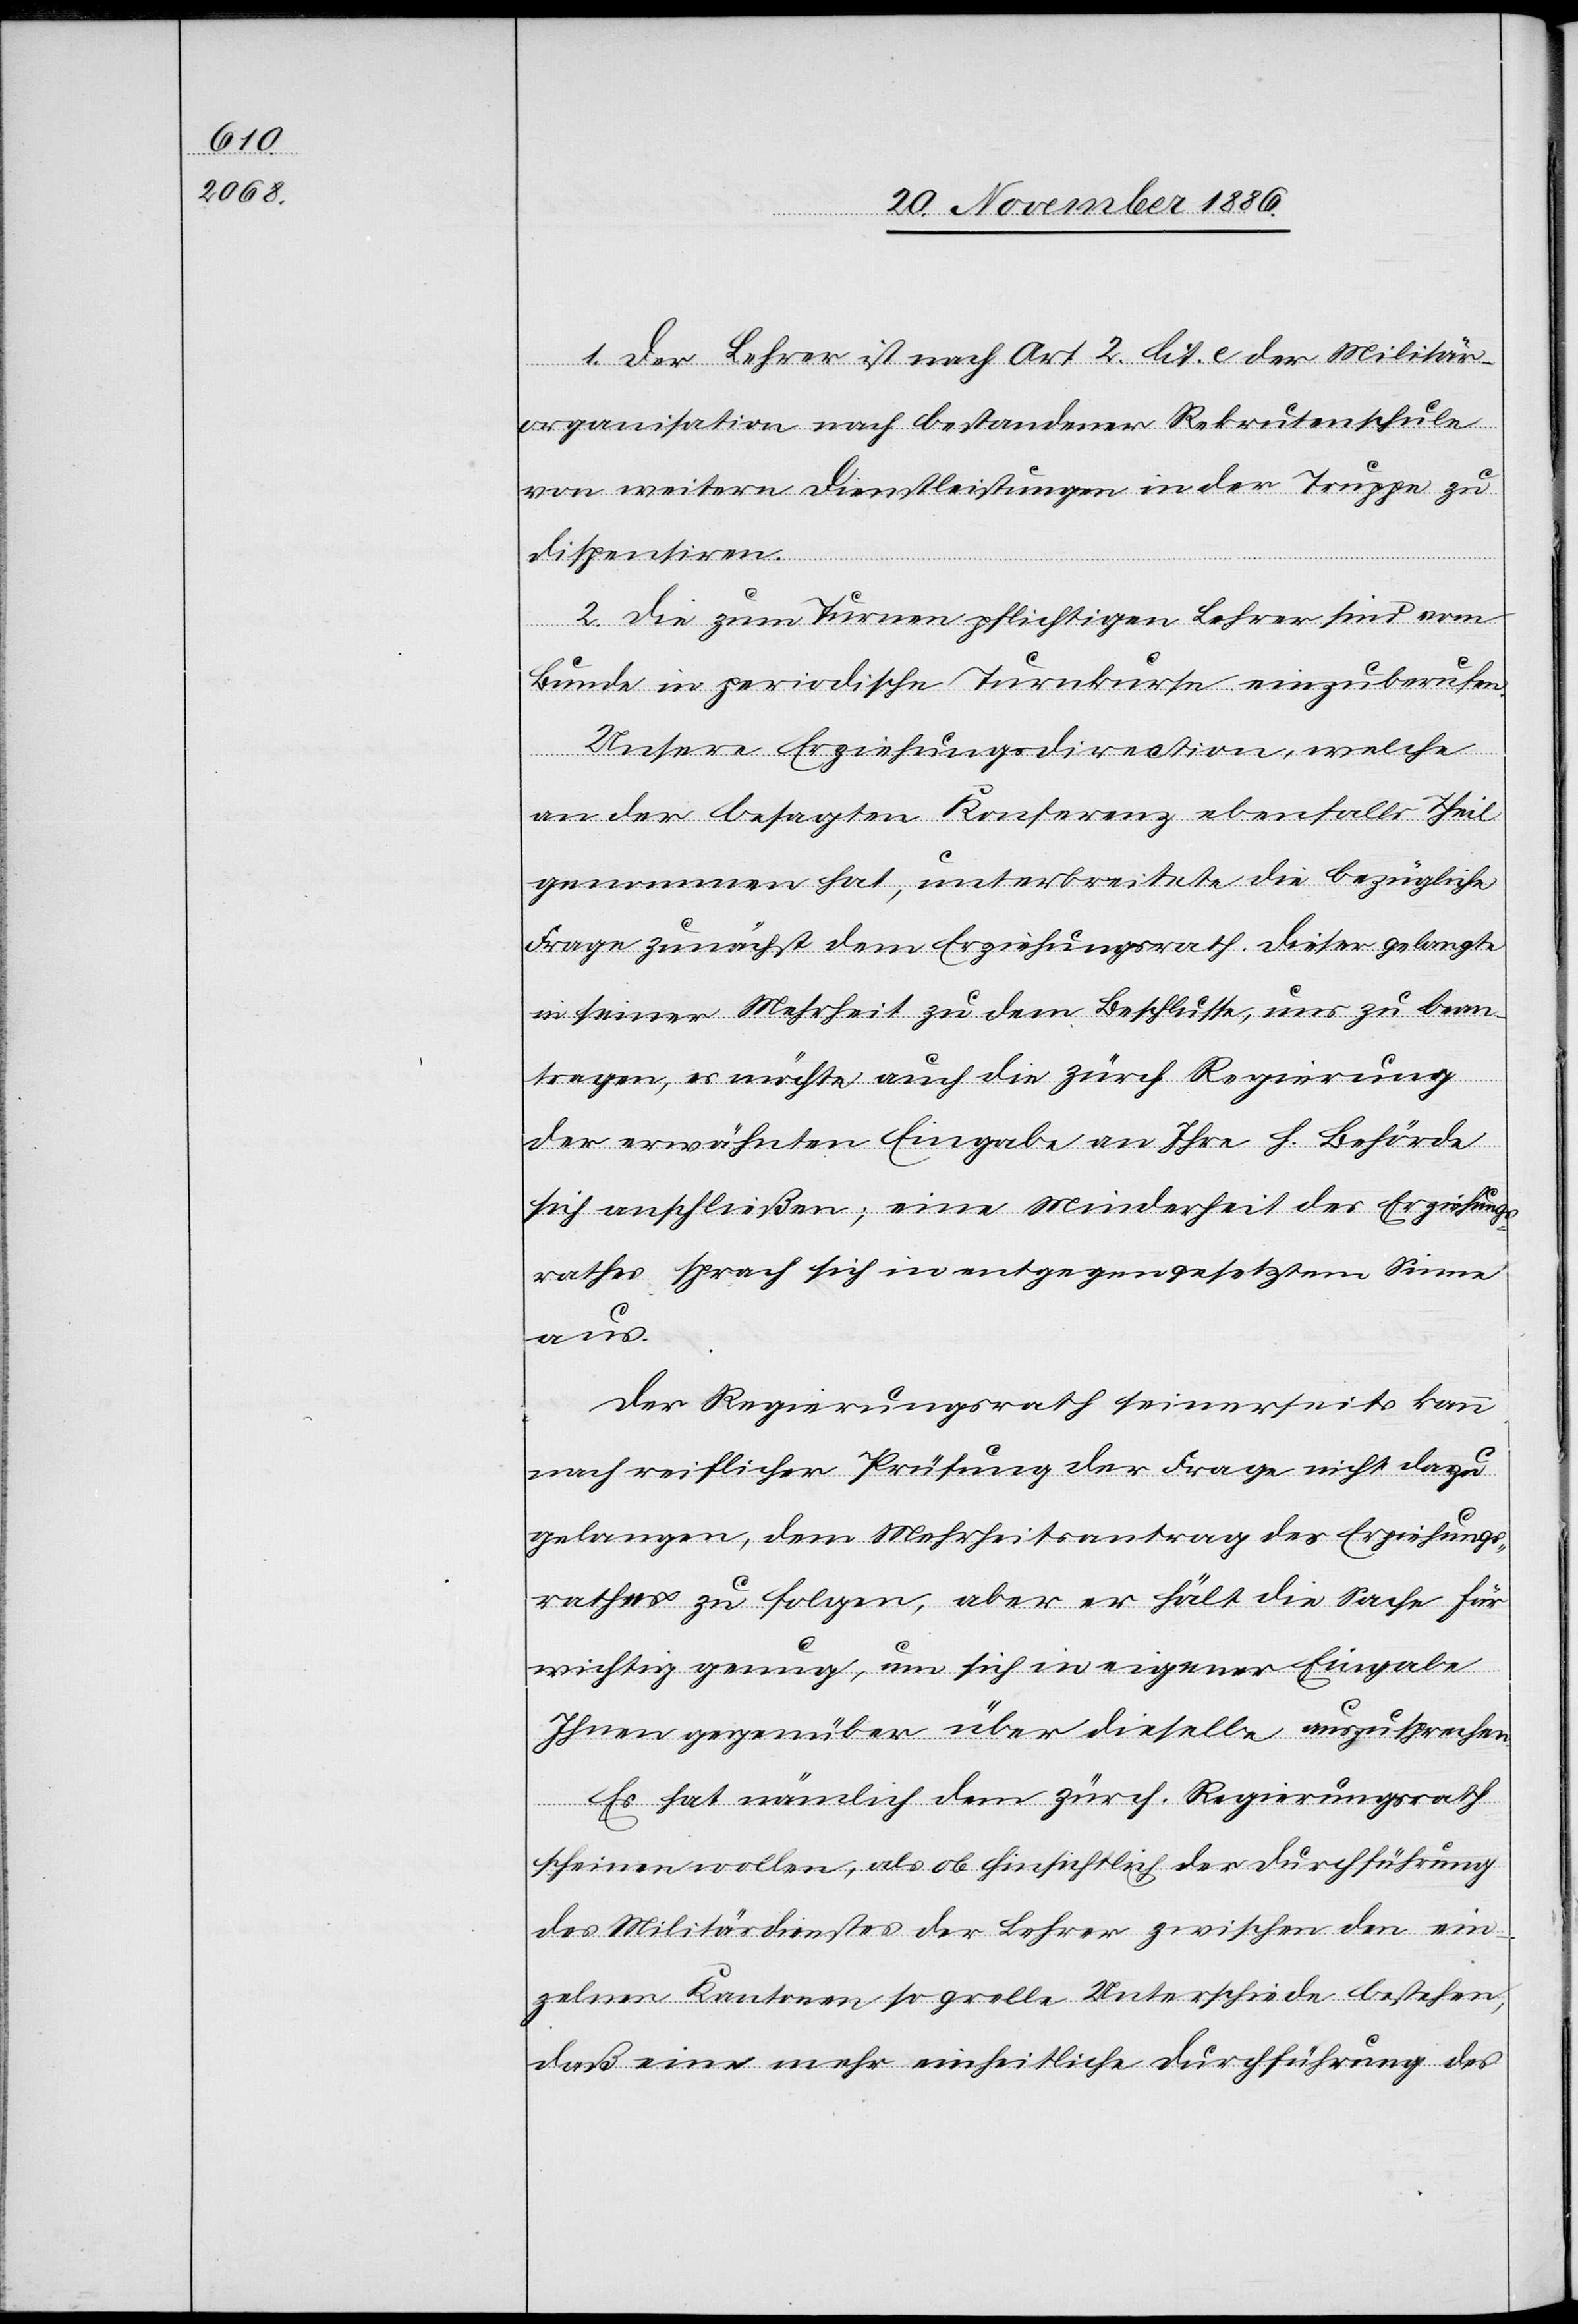
1. Der Lehrer ist nach Art. 2 lit. e der Militär¬
organisation nach bestandener Rekrutenschule
von weitern Dienstleistungen in der Truppe zu
dispensiren.
2. Die zum Turnen pflichtigen Lehrer sind vom
Bunde in periodische Turnkurse einzuberufen.
Unsere Erziehungsdirection, welche
an der besagten Konferenz ebenfalls Theil
genommen hat, unterbreitete die bezügliche
Frage zunächst dem Erziehungsrath. Dieser gelangte
in seiner Mehrheit zu dem Beschlusse, uns zu bean¬
tragen, es möchte auch die zürch. Regierung
der erwähnten Eingabe an Ihre h. Behörde
sich anschließen; eine Minderheit des Erziehungs¬
rathes sprach sich in entgegengesetztem Sinne
aus.
Der Regierungsrath seinerseits kann
nach reiflicher Prüfung der Frage nicht dazu
gelangen, dem Mehrheitsantrag des Erziehungs¬
rathes zu folgen, aber er hält die Sache für
wichtig genug, um sich in eigener Eingabe
Ihnen gegenüber über dieselbe auszusprechen.
Es hat nämlich dem zürch. Regierungsrath
scheinen wollen, als ob hinsichtlich der Durchführung
des Militärdienstes der Lehrer zwischen den ein¬
zelnen Kantonen so grelle Unterschiede bestehen,
daß eine mehr einheitliche Durchführung des